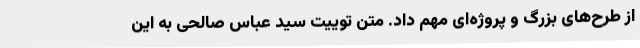
از طرح‌های بزرگ و پروژه‌ای مهم داد. متن توییت سید عباس صالحی به این